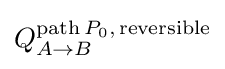
Q_{A\to B}^{\mathrm {path} \,P_{0},\,\mathrm {reversible} }